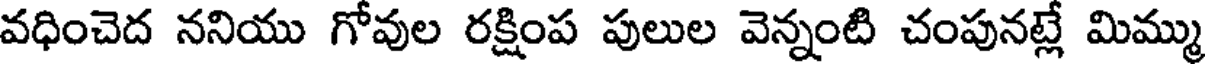
వధించెద ననియు గోవుల రక్షింప పులుల వెన్నంటి చంపునట్లే మిమ్ము